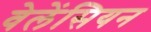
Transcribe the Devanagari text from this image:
वेलेंसियन